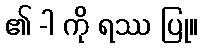
၏ -ါ ကို ရဿ ပြု။